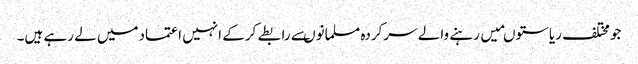
جومختلف ریاستوںمیں رہنے والے سرکردہ مسلمانوںسے رابطے کرکے انہیں اعتمادمیں لے رہے ہیں۔